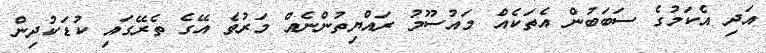
އަދި އެކަމުގެ ސަބަބުން އެތަކެއް މައުސޫމު ރައްޔިތުންނެއް މަރުވެ އޭގެ ތެރޭގައި ކުޑަކުދިން